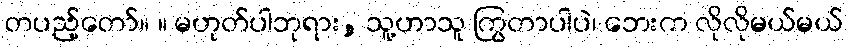
တပည့်တော်။ ။ မဟုတ်ပါဘုရား, သူ့ဟာသူ ကြွတာပါပဲ၊ ဘေးက လိုလိုမယ်မယ်